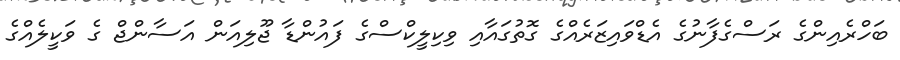
ބަހްރެއިންގެ ރަސްގެފާނުގެ އެޑްވައިޒަރެއްގެ ގޮތުގައާއި ވިކިލީކްސްގެ ފައުންޑާ ޖޫލިއަން އަސާންޖް ގެ ވަކީލެއްގެ